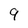
Character: q